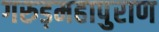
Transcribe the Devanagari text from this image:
गरुड़महापुराण